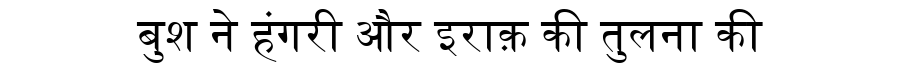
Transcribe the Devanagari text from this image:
बुश ने हंगरी और इराक़ की तुलना की